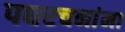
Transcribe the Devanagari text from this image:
पद्यरचनांना